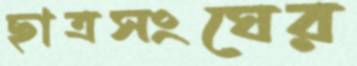
ছাত্রসংঘের